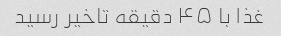
غذا با ۴۵ دقیقه تاخیر رسید